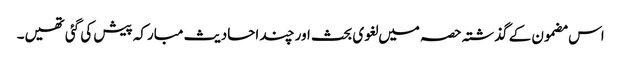
اس مضمون کے گذشتہ حصہ میں لغوی بحث اور چند احادیث مبارکہ پیش کی گئی تھیں۔